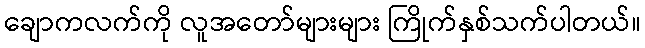
ချောကလက်ကို လူအတော်များများ ကြိုက်နှစ်သက်ပါတယ်။